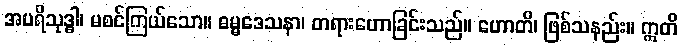
အပရိသုဒ္ဓါ၊ မစင်ကြယ်သော။ ဓမ္မဒေသနာ၊ တရားဟောခြင်းသည်။ ဟောတိ၊ ဖြစ်သနည်း။ ဣတိ